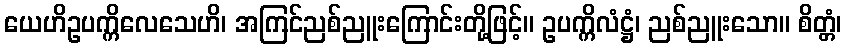
ယေဟိဥပက္ကိလေသေဟိ၊ အကြင်ညစ်ညူးကြောင်းတို့ဖြင့်။ ဥပက္ကိလံဋ္ဌံ၊ ညစ်ညူးသော။ စိတ္တံ၊